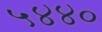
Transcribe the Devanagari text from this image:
५४४०